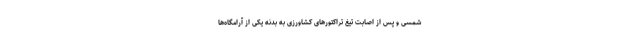
شمسی و پس از اصابت تیغ تراکتورهای کشاورزی به بدنه یکی از آرامگاه‌ها